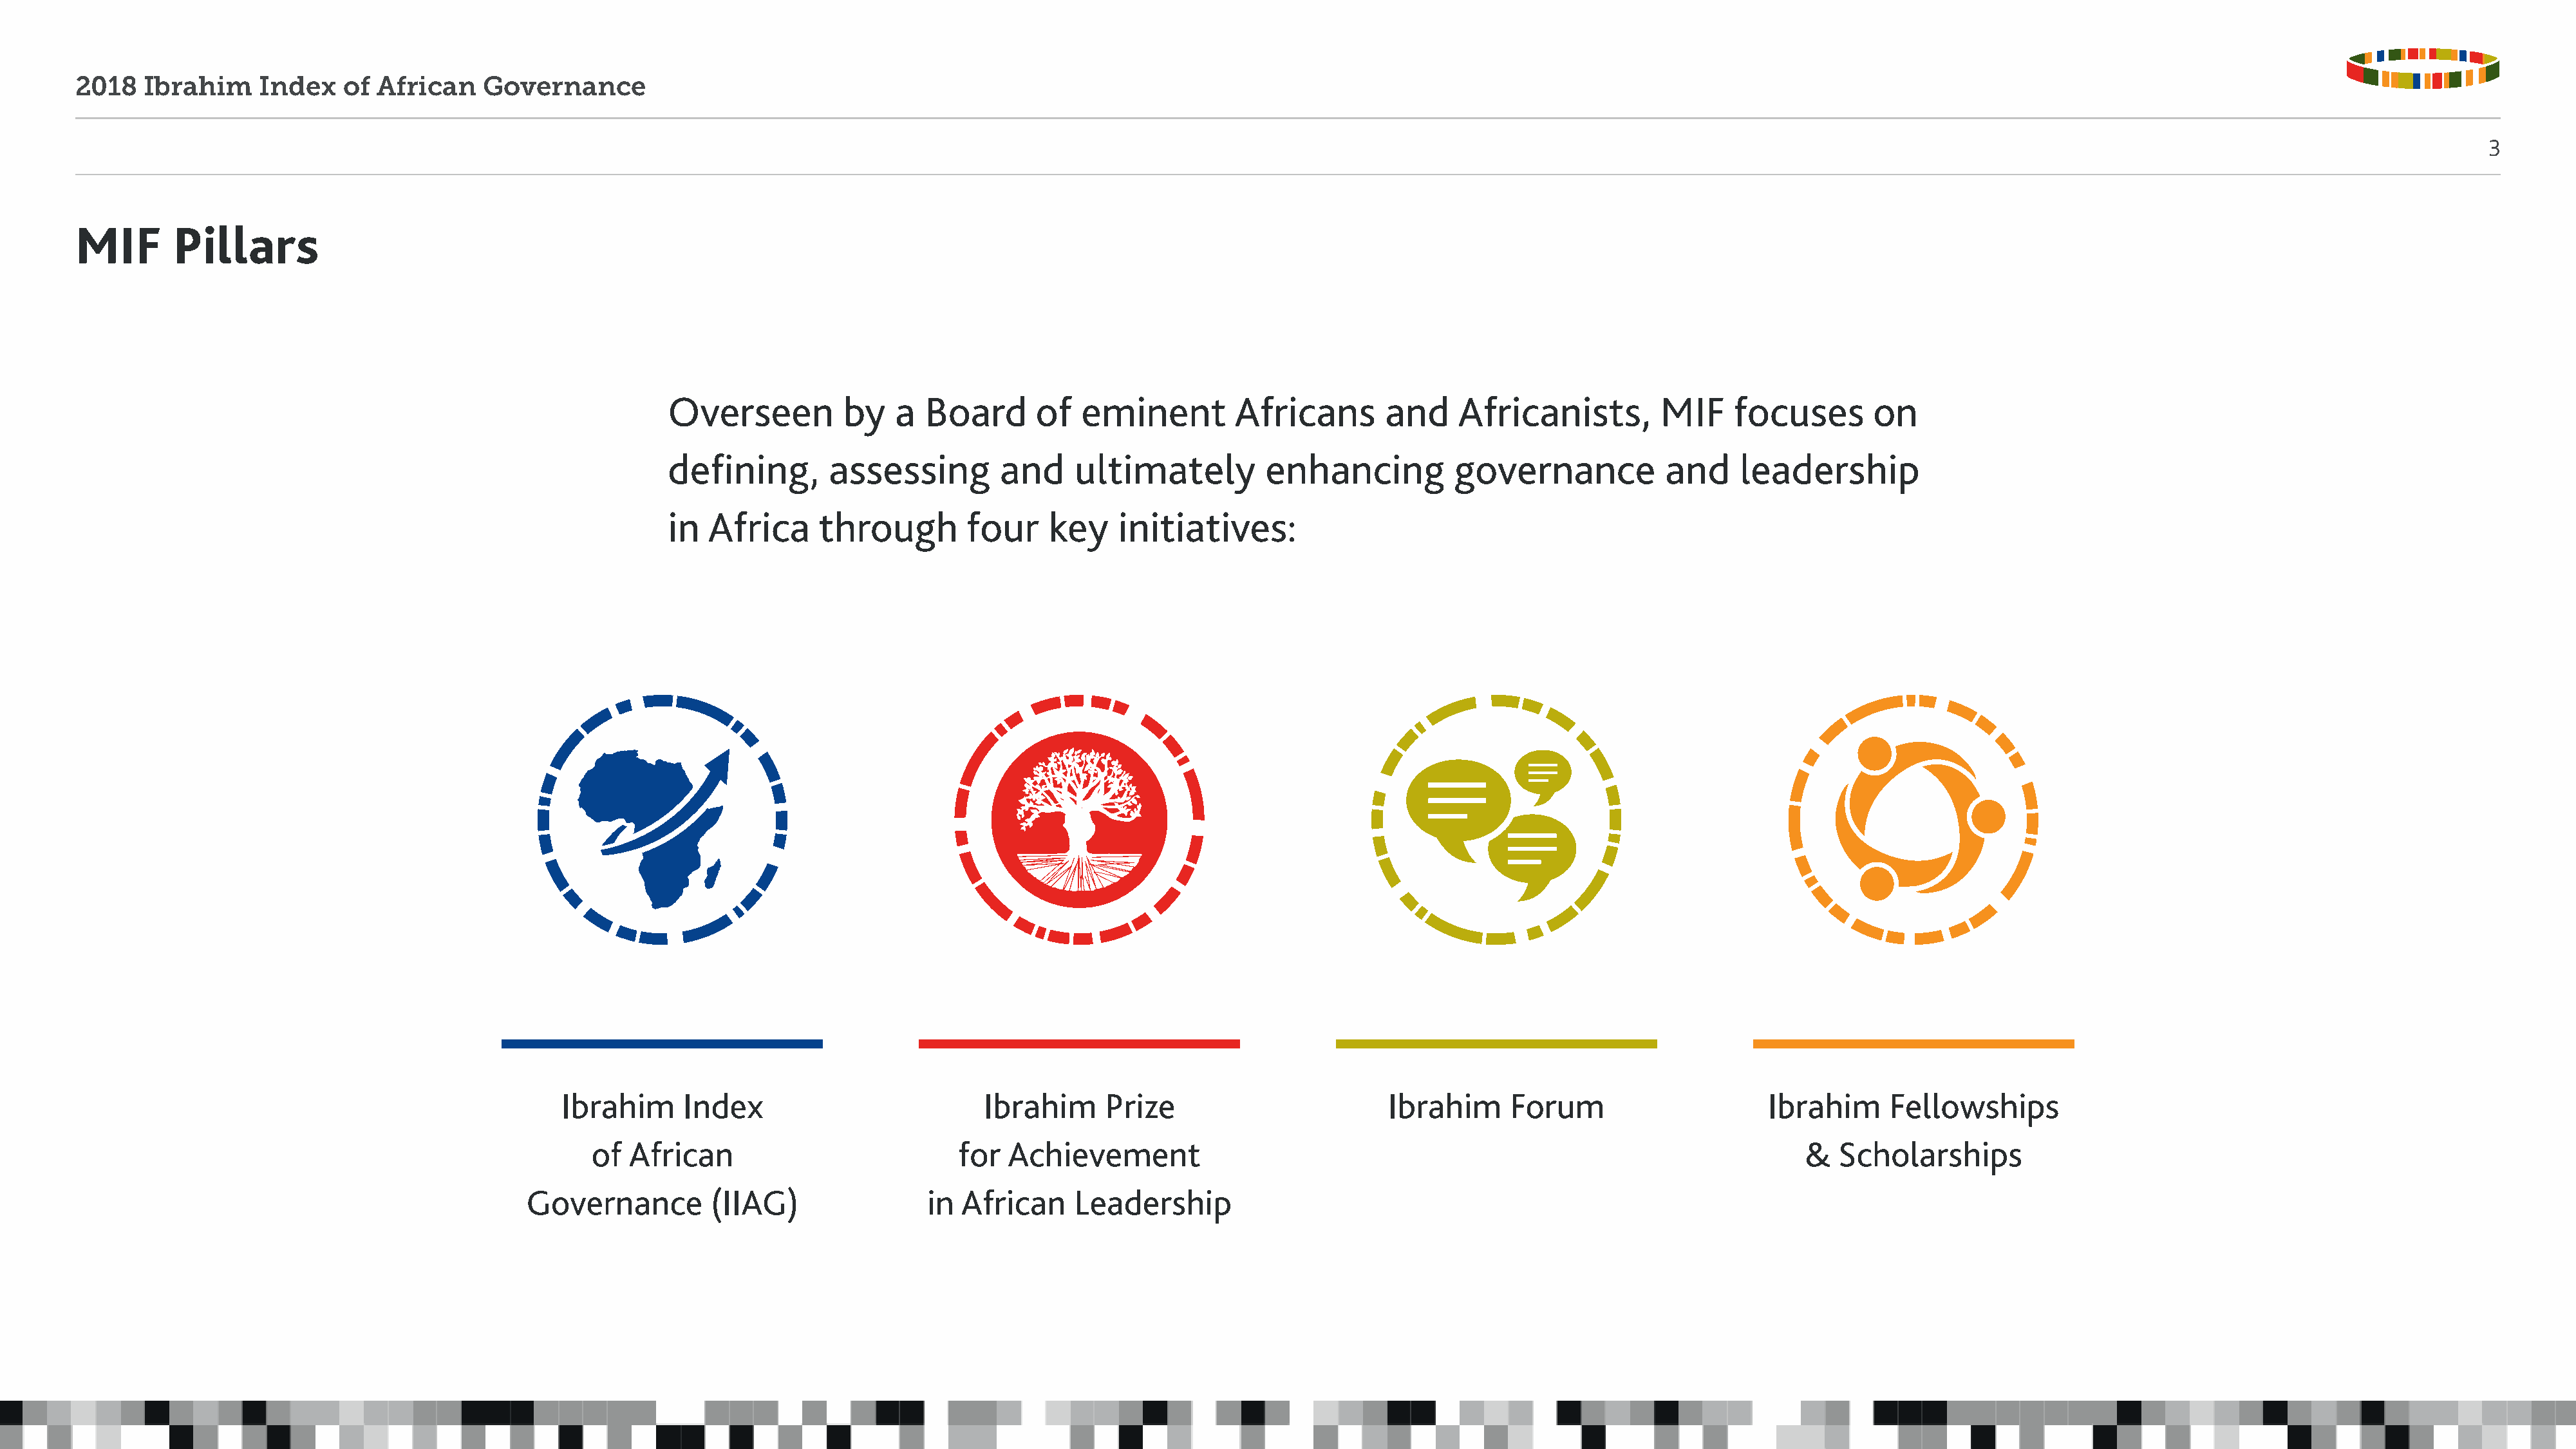
2018   Ibrahim     Index   of  African    Governance
 3
 MIF       Pillars
 Overseen          by   a  Board      of   eminent         Africans       and     Africanists,         MIF    focuses        on
 defining,       assessing         and    ultimately          enhancing           governance           and     leadership
 in  Africa     through        four     key    initiatives:
 Ibrahim     Index                          Ibrahim      Prize                        Ibrahim     Forum                      Ibrahim     Fellowships
 of  African                           for  Achievement                                                                       &  Scholarships
 Governance         (IIAG)                in  African    Leadership